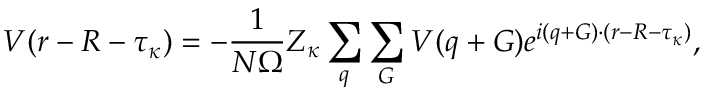
V ( \boldsymbol { r } - \boldsymbol { R } - \boldsymbol { \tau } _ { \kappa } ) = - \frac { 1 } { N \Omega } Z _ { \kappa } \sum _ { \boldsymbol { q } } \sum _ { \boldsymbol { G } } V ( \boldsymbol { q } + \boldsymbol { G ) } e ^ { i ( \boldsymbol { q } + \boldsymbol { G } ) \cdot ( \boldsymbol { r } - \boldsymbol { R } - \boldsymbol { \tau } _ { \kappa } ) } ,